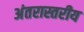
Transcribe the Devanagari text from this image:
अंतरास्तरीय